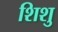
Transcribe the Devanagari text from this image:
शिशु